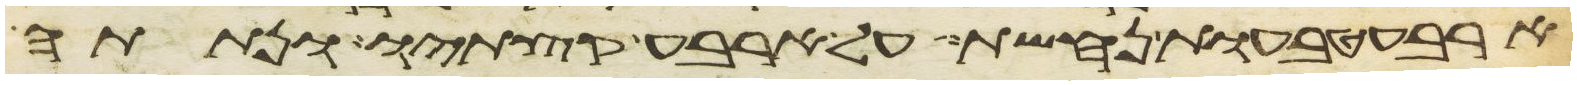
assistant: ארבע טבעות נחשת על ארבע קצתיו ונתתה